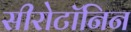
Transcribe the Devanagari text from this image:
सीरोटॉनिन